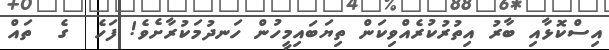
އިސްކޮޅާއި ބާރު އިތުރުކުރެއްވިކަން ތިޔަބައިމީހުން ހަނދުމަކުރާށެވެ! ފަހެ  ގެ  ތައް